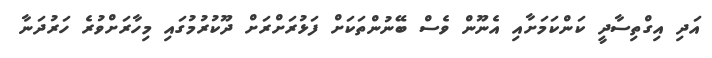
އަދި އިގްތިސާދީ ކަންކަމަށާއި އެނޫން ވެސް ބޭނުންތަކަށް ފަޅުރަށްރަށް ދޫކުރުމުގައި މިހާރަށްވުރެ ހަރުދަނާ